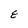
Character: E